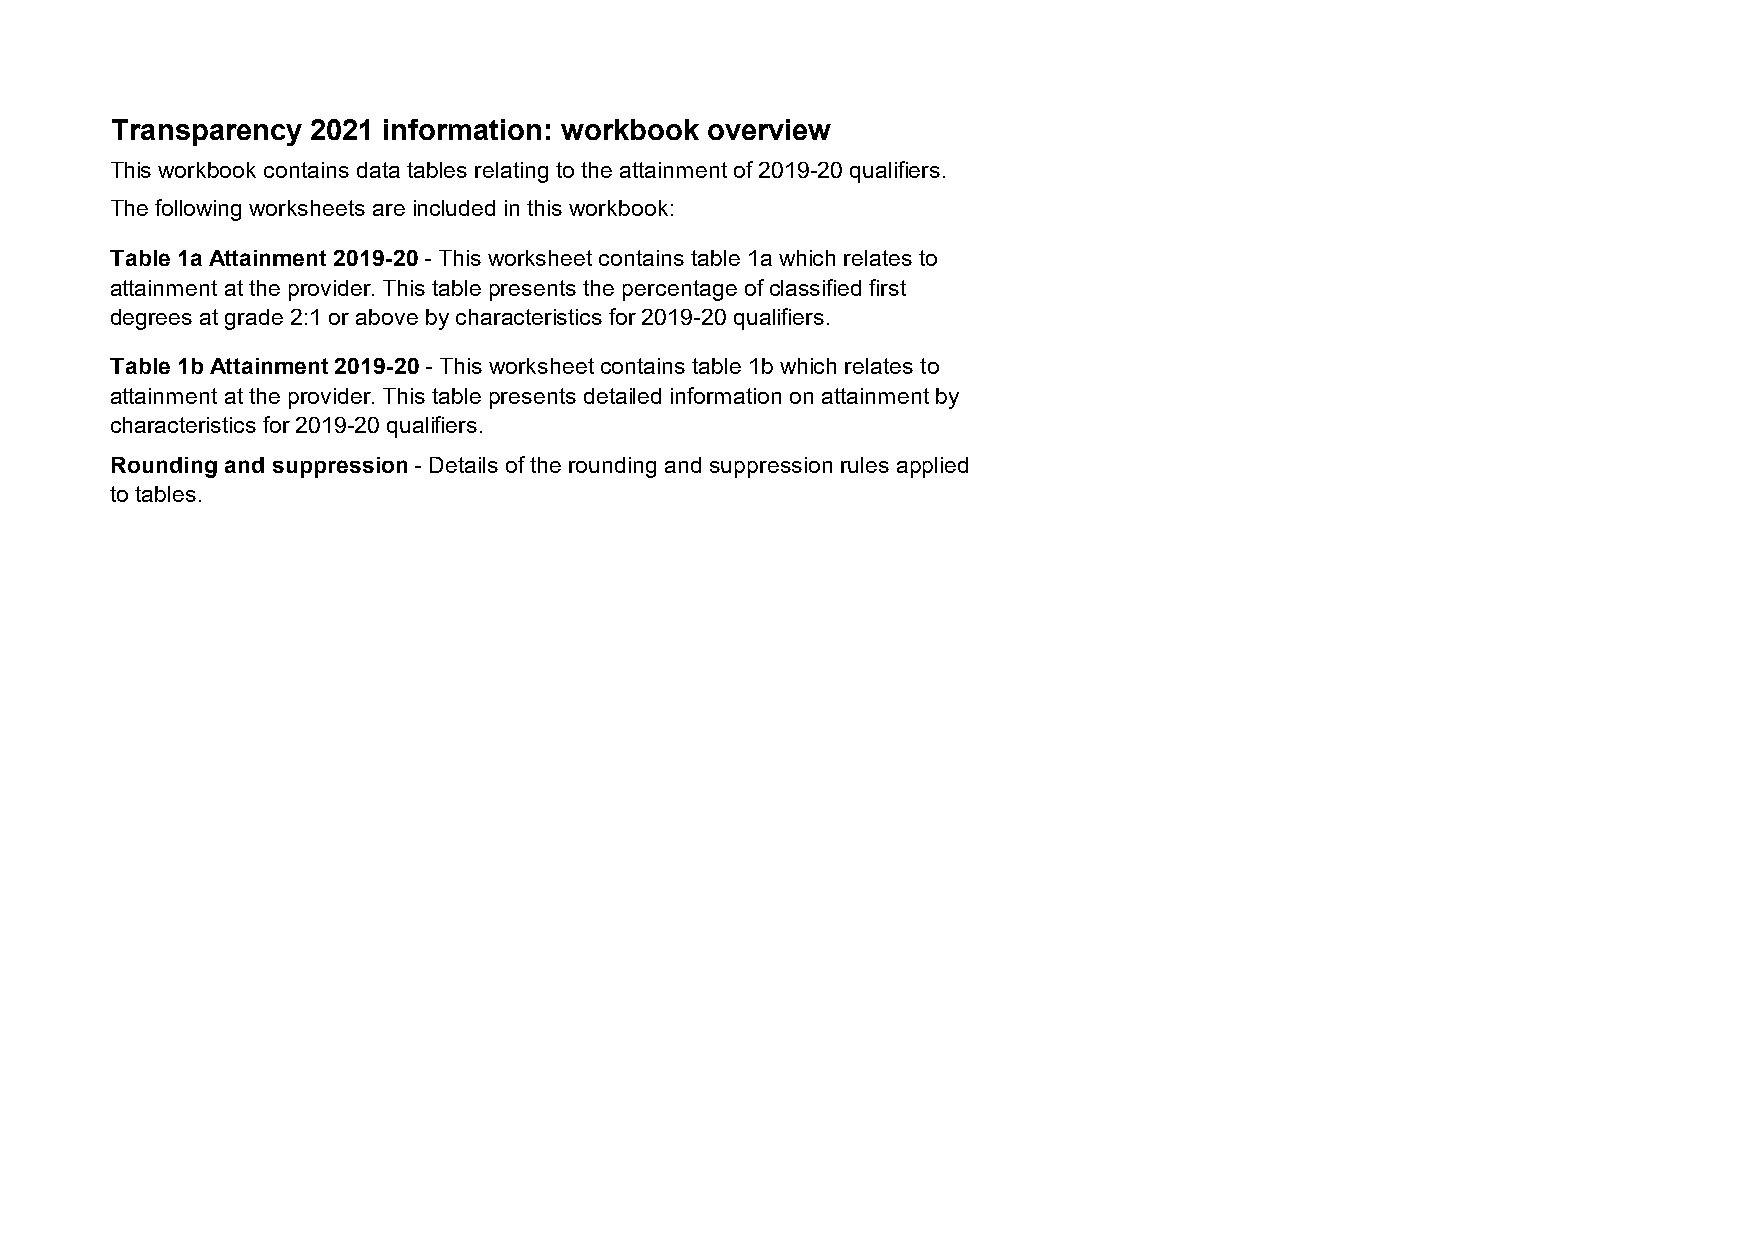
Transparency  2021 information: workbook overview
 This workbook contains data tables relating to the attainment of 2019-20 qualifiers.
 The following worksheets are included in this workbook:
 Table 1a Attainment 2019-20 - This worksheet contains table 1a which relates to
 attainment at the provider. This table presents the percentage of classified first
 degrees at grade 2:1 or above by characteristics for 2019-20 qualifiers.
 Table 1b Attainment 2019-20 - This worksheet contains table 1b which relates to
 attainment at the provider. This table presents detailed information on attainment by
 characteristics for 2019-20 qualifiers.
 Rounding and suppression - Details of the rounding and suppression rules applied
 to tables.
 End of worksheet